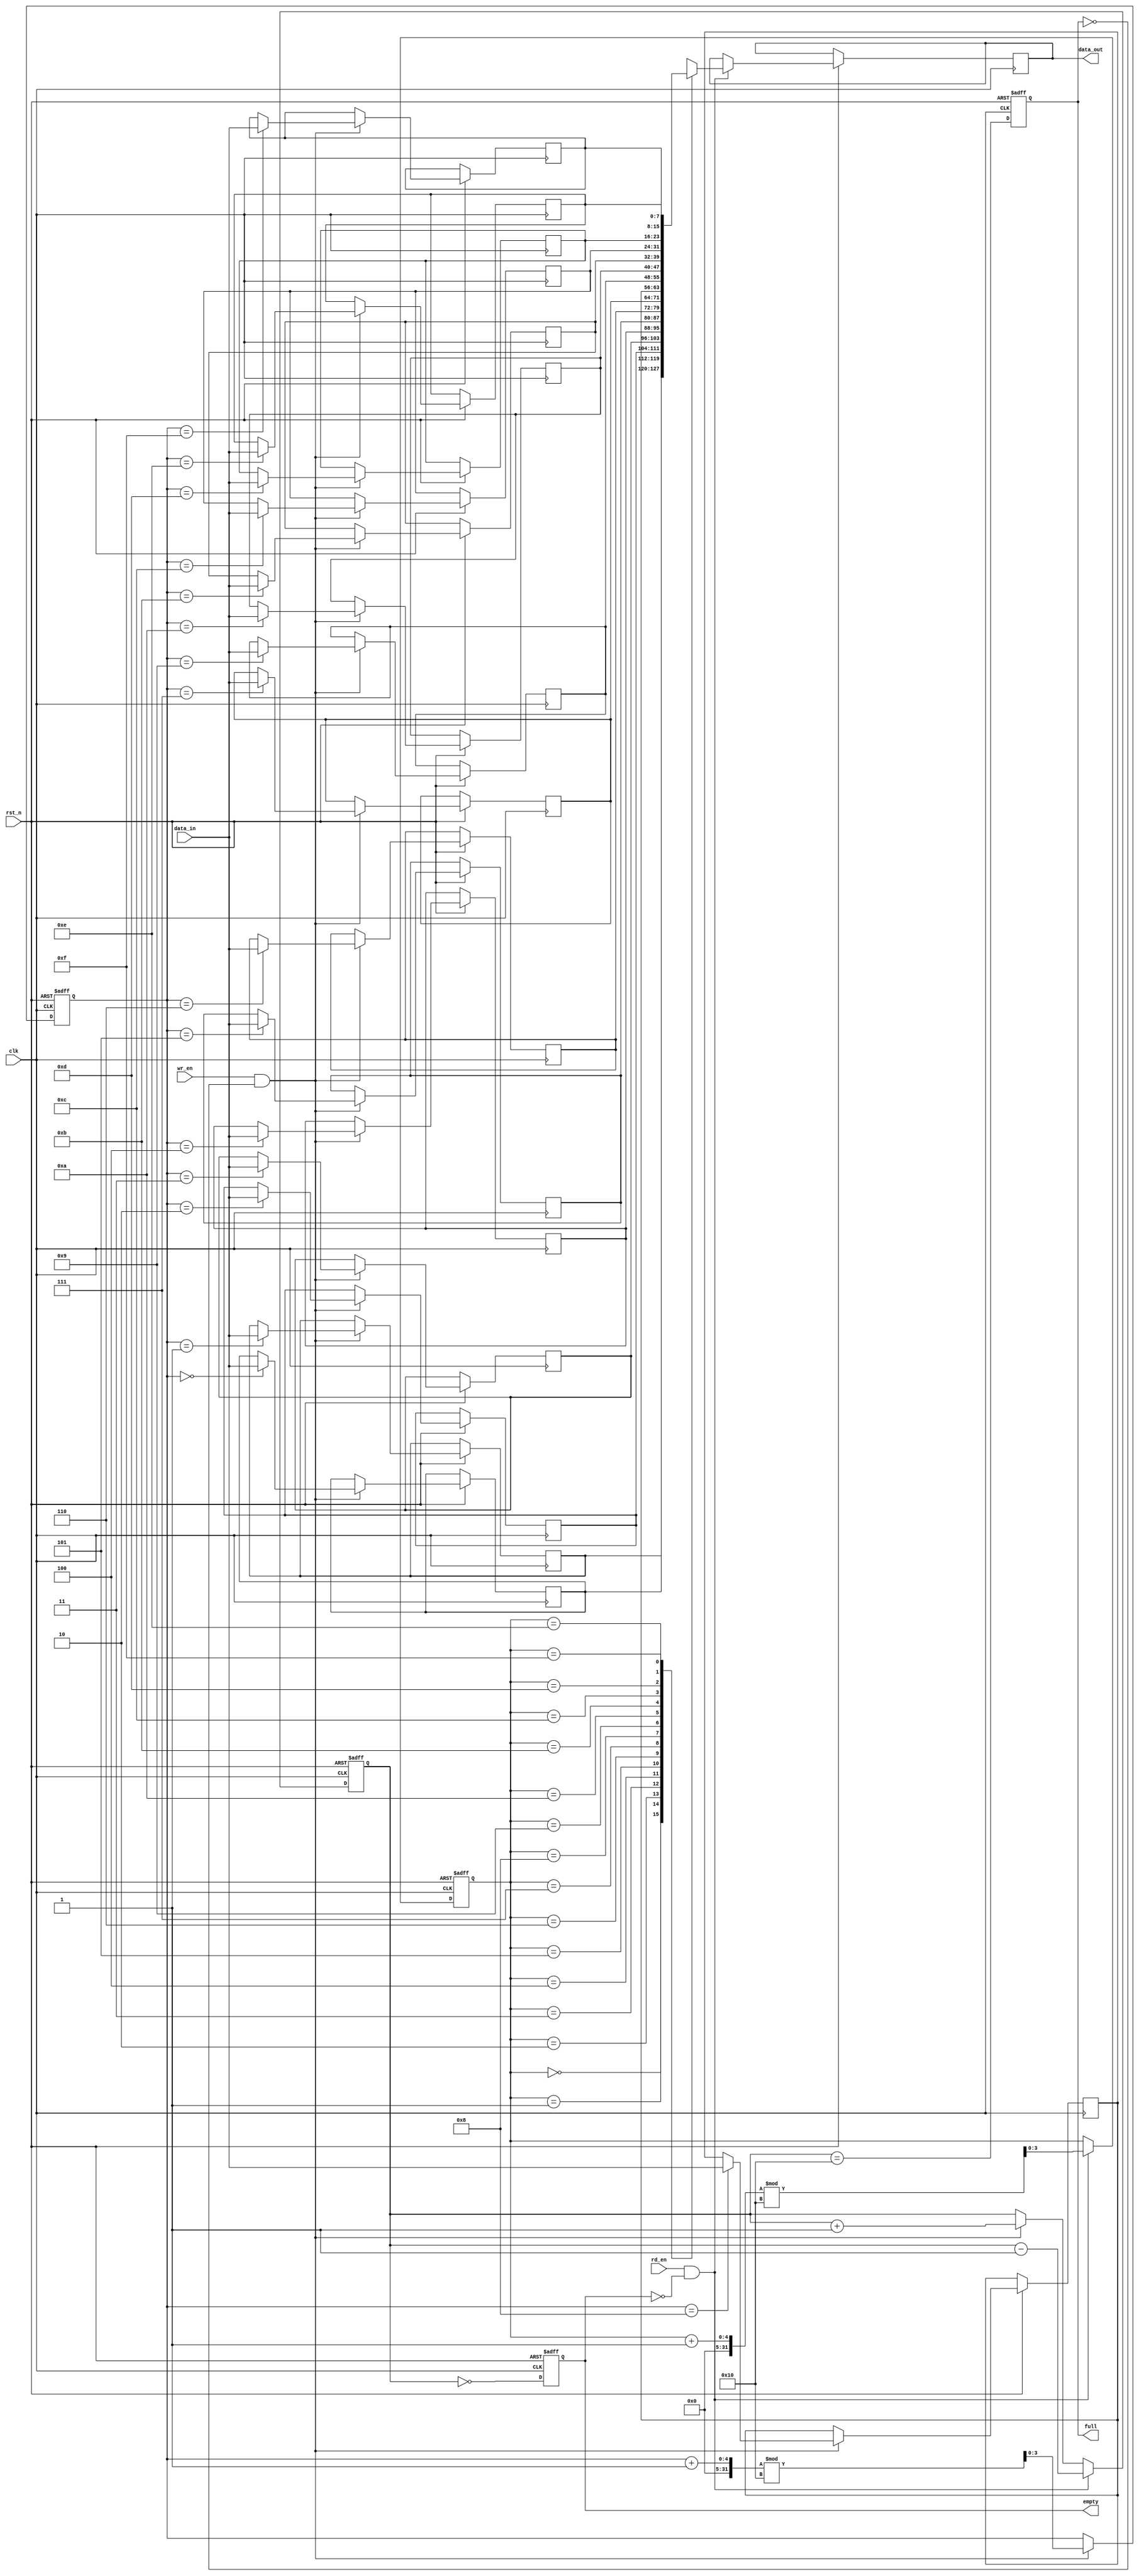
module fifo_sram #(
    parameter DATA_WIDTH = 8,  // Width of each data word
    parameter DEPTH = 16        // Depth of the FIFO (number of entries)
)(
    input wire clk,             // Clock for synchronous operations
    input wire rst_n,           // Active low reset
    input wire wr_en,           // Write enable
    input wire rd_en,           // Read enable
    input wire [DATA_WIDTH-1:0] data_in, // Data input
    output reg [DATA_WIDTH-1:0] data_out, // Data output
    output reg full,            // Full flag
    output reg empty            // Empty flag
);

    // Internal memory array
    reg [DATA_WIDTH-1:0] fifo_mem [0:DEPTH-1];
    
    // Pointers for read and write
    reg [$clog2(DEPTH)-1:0] wr_ptr;
    reg [$clog2(DEPTH)-1:0] rd_ptr;
    reg [$clog2(DEPTH):0] count; // To keep track of the number of elements

    // Asynchronous reset and pointer management
    always @(posedge clk or negedge rst_n) begin
        if (!rst_n) begin
            wr_ptr <= 0;
            rd_ptr <= 0;
            count <= 0;
            full <= 0;
            empty <= 1;
        end else begin
            // Write operation
            if (wr_en && !full) begin
                fifo_mem[wr_ptr] <= data_in; // Write data to FIFO
                wr_ptr <= (wr_ptr + 1) % DEPTH; // Increment write pointer
                count <= count + 1; // Increment count
            end

            // Read operation
            if (rd_en && !empty) begin
                data_out <= fifo_mem[rd_ptr]; // Read data from FIFO
                rd_ptr <= (rd_ptr + 1) % DEPTH; // Increment read pointer
                count <= count - 1; // Decrement count
            end

            // Update full and empty flags
            full <= (count == DEPTH);
            empty <= (count == 0);
        end
    end

endmodule